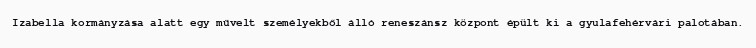
Izabella kormányzása alatt egy művelt személyekből álló reneszánsz központ épült ki a gyulafehérvári palotában.